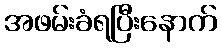
အဖမ်းခံရပြီးနောက်